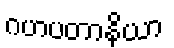
ဂဟပတာနိယာ